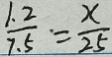
\frac { 1 . 2 } { 7 . 5 } \cdot = \frac { x } { 2 5 }